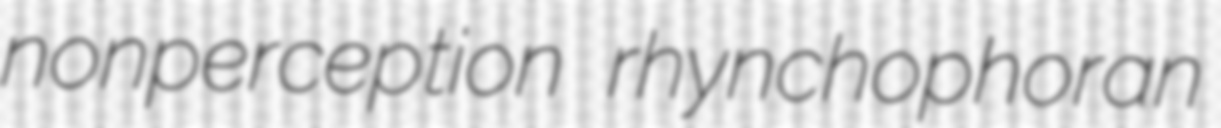
nonperception rhynchophoran